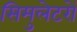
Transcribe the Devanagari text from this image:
सिमुलेटरों